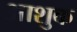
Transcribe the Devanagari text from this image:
आशुक